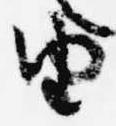
由